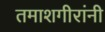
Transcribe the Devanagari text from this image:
तमाशगीरांनी